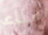
ابناء